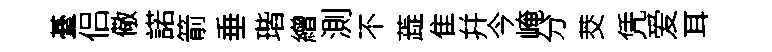
䑓侣儆諾箭垂瑎繒測不蕋隹幷今崦分茭凭爱耳